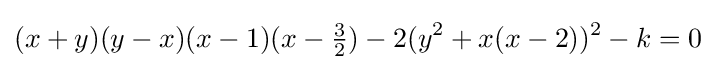
(x+y)(y-x)(x-1)(x-{\tfrac {3}{2}})-2(y^{2}+x(x-2))^{2}-k=0